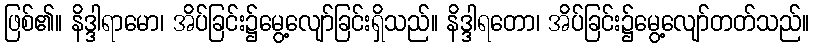
ဖြစ်၏။ နိဒ္ဒါရာမော၊ အိပ်ခြင်း၌မွေ့လျော်ခြင်းရှိသည်။ နိဒ္ဒါရတော၊ အိပ်ခြင်း၌မွေ့လျော်တတ်သည်။